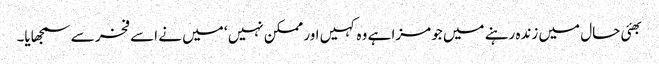
بھئی حال میں زندہ رہنے میں جو مزا ہے وہ کہیں اور ممکن نہیں ‘ میں نے اسے فخر سے سمجھایا۔